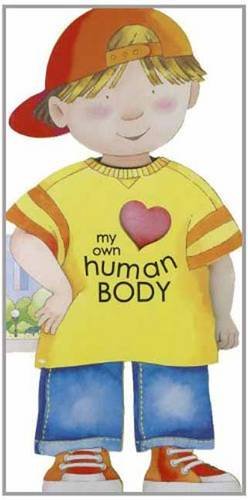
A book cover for My Own Human Body (Little People Shape Books); Giovanni Caviezel; Health, Fitness & Dieting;